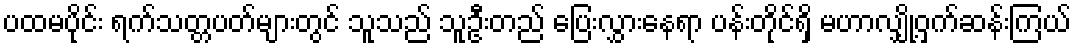
ပထမပိုင်း ရက်သတ္တပတ်များတွင် သူသည် သူဦးတည် ပြေးလွှားနေရာ ပန်းတိုင်ရှိ မဟာလျှို့ဝှက်ဆန်းကြယ်